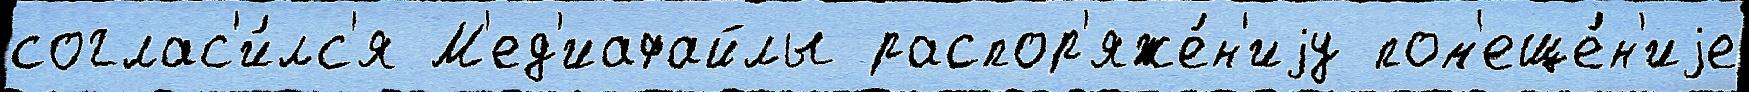
соглас'и́лс'я М'ед'иафайлы распор'яже́н'иjу пом'еще́н'иjе